Leningradi_Edasi_toimetus, lk 18
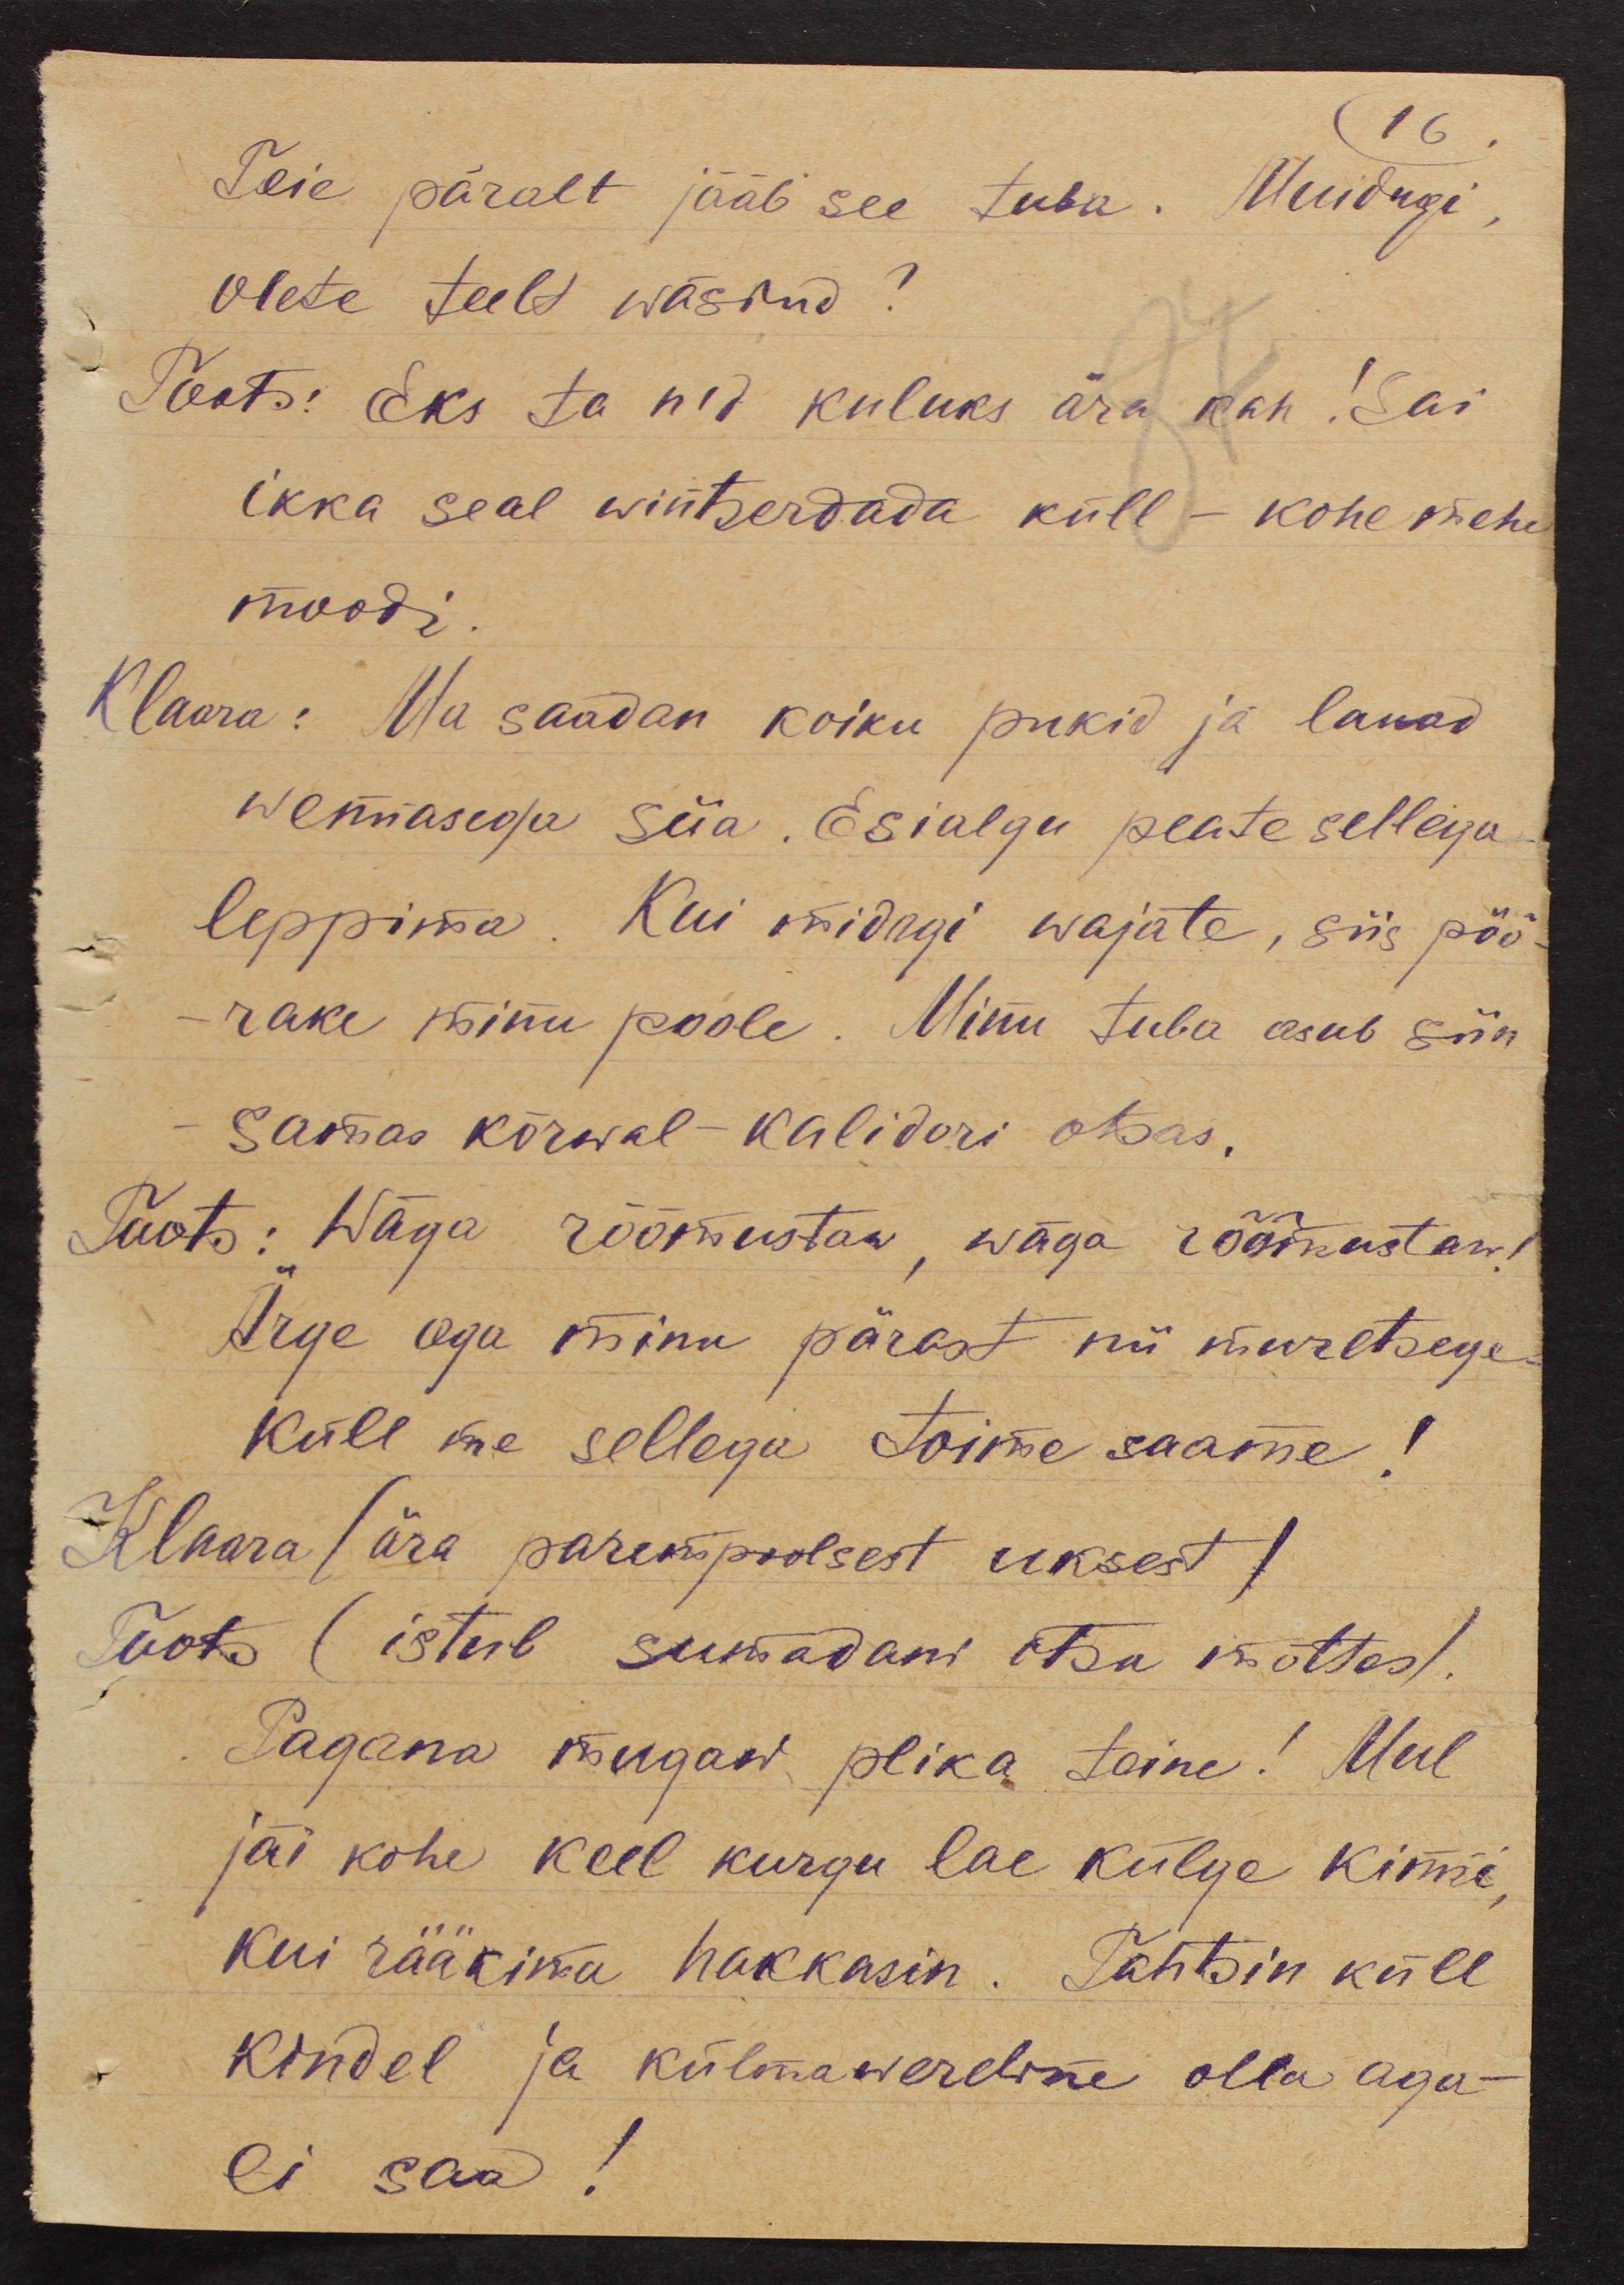
16.
Teie päralt jääb see tuba. Muidugi,
olete teelt wäsinud?
Toots: Eks ta n'd kuluks ära kah! Sai
ikka seal wintserdada küll - kohe mehe
moodi
Klaara: Ma saadan koiku pukid ja lauad
wennasega siia. Esialgu peate selleiga
leppima. Kui midagi wajate, siis pöö-
rake minu poole. Minu tuba asub siin
Samas kõrwal - kalidori otsas.
Toots: Wäga rõõmustaw, wäga rõõmustaw!
Ärge aga minu pärast nii muretsege
Küll me sellega toime saame!
Klaara (ära parempoolsest uksest)
Toots (istub sumadani otsa mõttes).
Pagana mugaw plika teine! Mul
jäi kohe keel kurgu lae külge kinni
kui rääkima hakkasin. Tahtsin küll
kindel ja külmawereline olla aga -
ei saa!